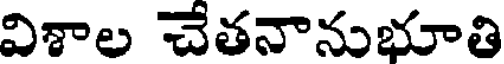
విశాల చేతనానుభూతి